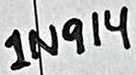
Text: 1N914